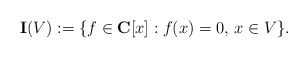
\begin{align*}\mathbf I(V):=\{f\in\mathbf C[x]: f(x)=0,\,x\in V\}.\end{align*}